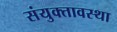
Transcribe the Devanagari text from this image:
संयुक्तावस्था